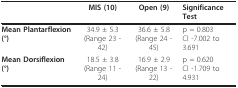
<table><thead><tr><td></td><td><b>MIS (10)</b></td><td><b>Open (9)</b></td><td><b>Significance Test</b></td></tr></thead><tbody><tr><td><b>Mean Plantarflexion (°)</b></td><td>34.9 ± 5.3(Range 23 - 42)</td><td>36.6 ± 5.8(Range 24 - 45)</td><td>p = 0.803CI -7.002 to 3.691</td></tr><tr><td><b>Mean Dorsiflexion (°)</b></td><td>18.5 ± 3.8(Range 11 - 24)</td><td>16.9 ± 2.9(Range 13 - 22)</td><td>p = 0.620CI -1.709 to 4.931</td></tr></tbody></table>